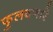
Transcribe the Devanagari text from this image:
फुलवणारे